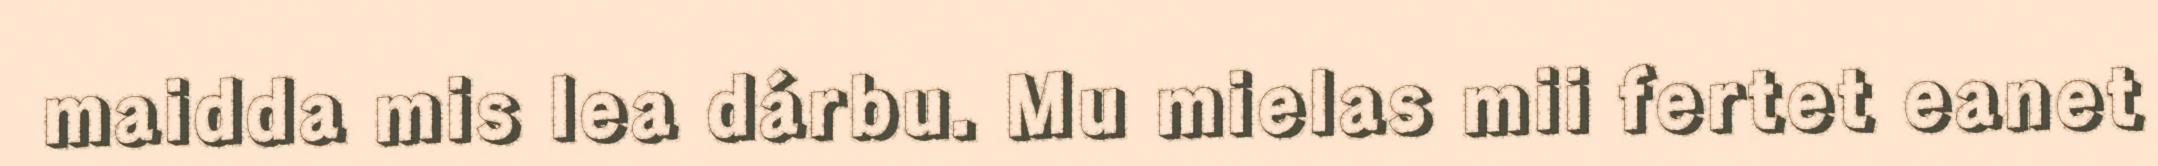
maidda mis lea dárbu. Mu mielas mii fertet eanet